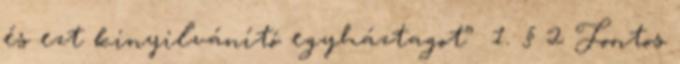
és ezt kinyilvánító egyháztagot” 1. § 2 Fontos